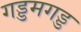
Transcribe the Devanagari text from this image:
गड्डमगड्ड